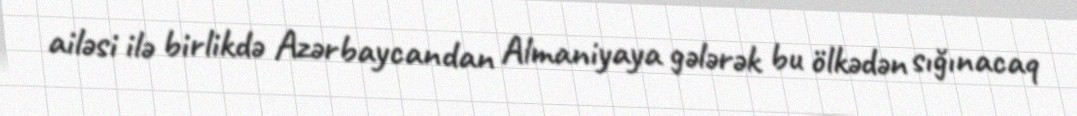
ailəsi ilə birlikdə Azərbaycandan Almaniyaya gələrək bu ölkədən sığınacaq